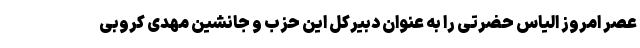
عصر امروز الیاس حضرتی را به عنوان دبیرکل این حزب و جانشین مهدی کروبی